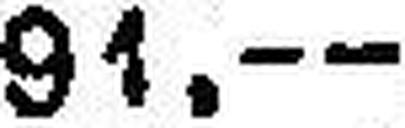
91.—